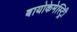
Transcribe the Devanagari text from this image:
बायोकेमेस्ट्रिी